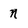
Character: n